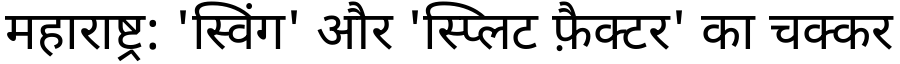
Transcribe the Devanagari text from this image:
महाराष्ट्र: 'स्विंग' और 'स्प्लिट फ़ैक्टर' का चक्कर